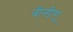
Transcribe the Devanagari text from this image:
वीन्डीगू